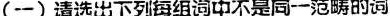
(一)请选出下列每组中不是同一范畴的词